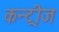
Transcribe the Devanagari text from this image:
कन्ट्रीज